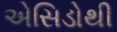
એસિડોથી